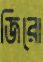
জিরো